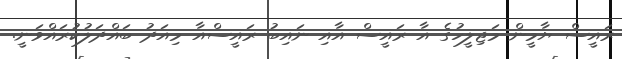
ރައީސް ޔާމީން މަޖިލީހުގެ އާ ރައީސް އާއި ނައިބު ރައީސްއާ މިއަދު ބައްދަލުކުރައްވަނީ.